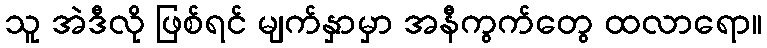
သူ အဲဒီလို ဖြစ်ရင် မျက်နှာမှာ အနီကွက်တွေ ထလာရော။